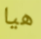
هيا